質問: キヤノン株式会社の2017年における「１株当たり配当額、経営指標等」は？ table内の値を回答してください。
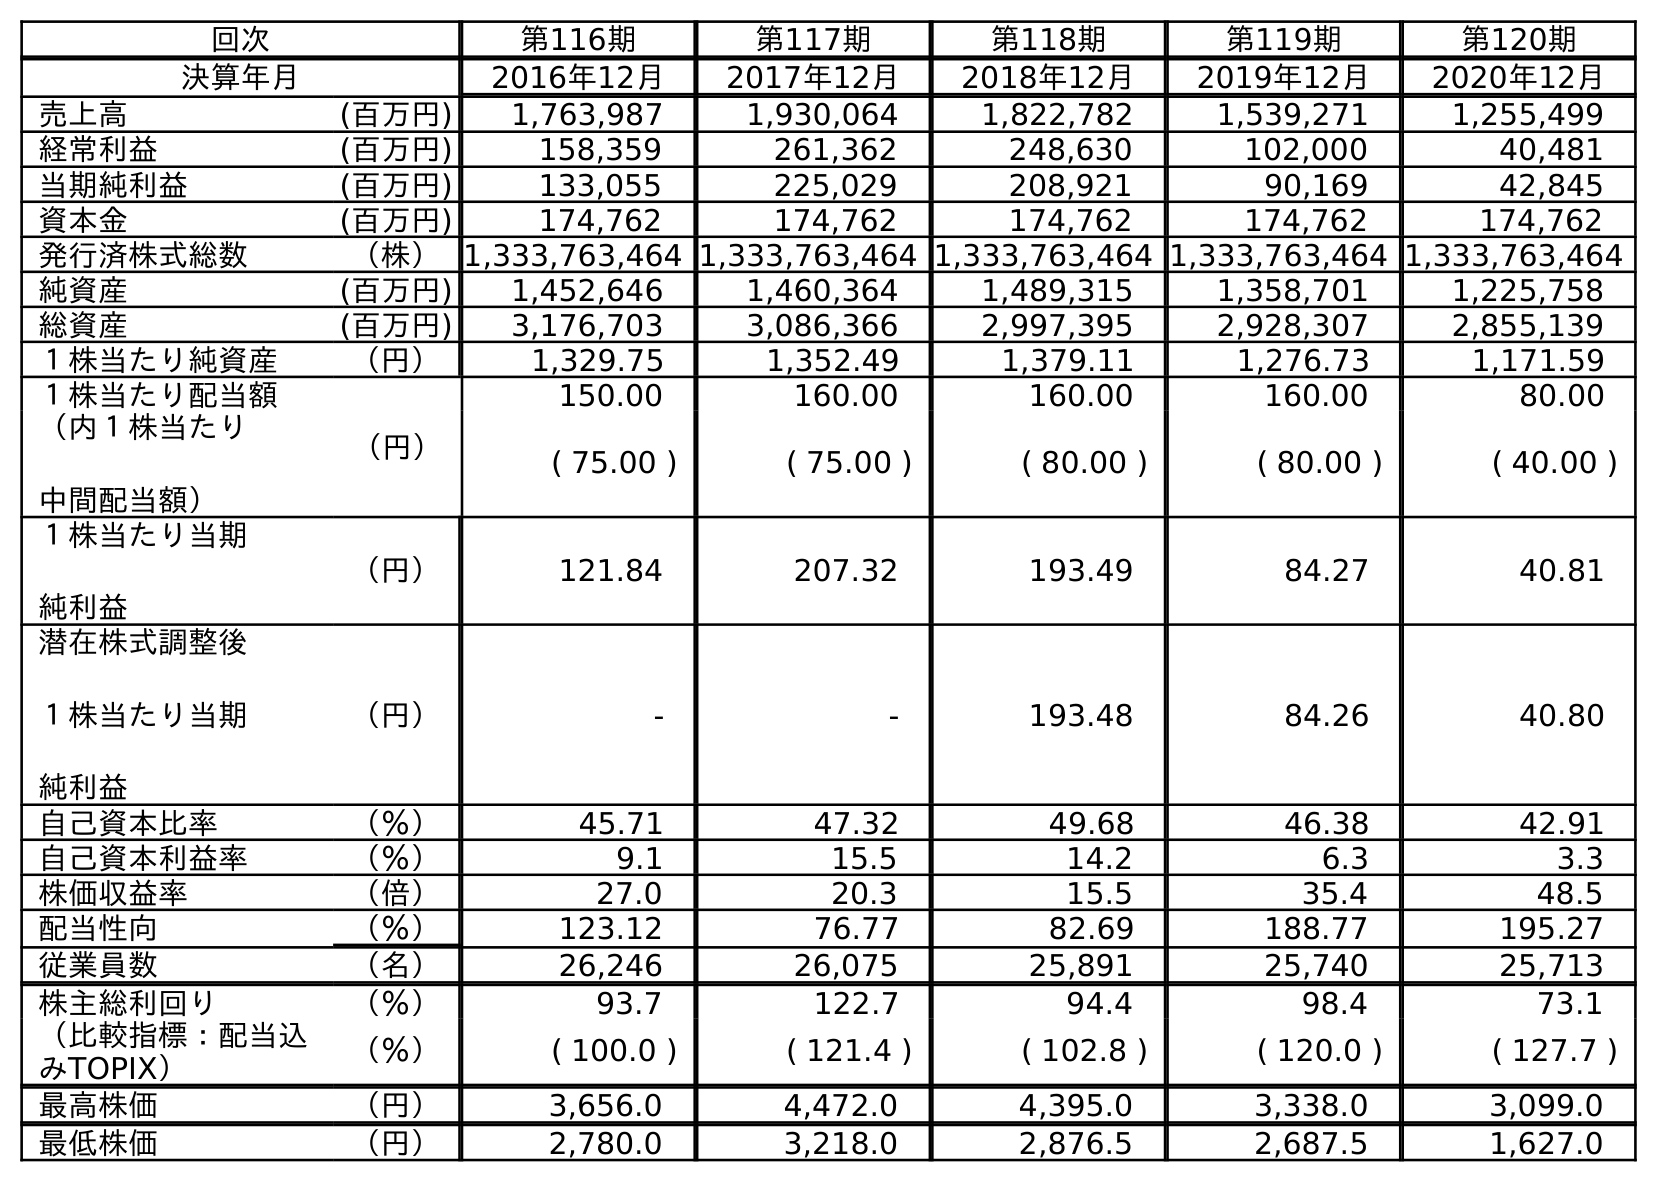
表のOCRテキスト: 回次 第116期 第117期 第118期 第119期 第120期 決算年月 2016年12月 2017年12月 2018年12月 2019年12月 2020年12月 売上高 (百万円) 1,763,987 1,930,064 1,822,782 1,539,271 1,255,499 経常利益 (百万円) 158,359 261,362 248,630 102,000 40,481 当期純利益 (百万円) 133,055 225,029 208,921 90,169 42,845 資本金 (百万円) 174,762 174,762 174,762 174,762 174,762 発行済株式総数 （株）1,333,763,464 1,333,763,464 1,333,763,464 1,333,763,464 1,333,763,464 純資産 (百万円) 1,452,646 1,460,364 1,489,315 1,358,701 1,225,758 総資産 (百万円) 3,176,703 3,086,366 2,997,395 2,928,307 2,855,139 １株当たり純資産 （円） 1,329.75 1,352.49 1,379.11 1,276.73 1,171.59 １株当たり配当額 （円） 150.00 160.00 160.00 160.00 80.00 （内１株当たり 中間配当額） ( 75.00 ) ( 75.00 ) ( 80.00 ) ( 80.00 ) ( 40.00 ) １株当たり当期 純利益 （円） 121.84 207.32 193.49 84.27 40.81 潜在株式調整後 １株当たり当期 純利益 （円） - - 193.48 84.26 40.80 自己資本比率 （％） 45.71 47.32 49.68 46.38 42.91 自己資本利益率 （％） 9.1 15.5 14.2 6.3 3.3 株価収益率 （倍） 27.0 20.3 15.5 35.4 48.5 配当性向 （％） 123.12 76.77 82.69 188.77 195.27 従業員数 （名） 26,246 26,075 25,891 25,740 25,713 株主総利回り （％） 93.7 122.7 94.4 98.4 73.1 （比較指標：配当込 みTOPIX） （％） ( 100.0 ) ( 121.4 ) ( 102.8 ) ( 120.0 ) ( 127.7 ) 最高株価 （円） 3,656.0 4,472.0 4,395.0 3,338.0 3,099.0 最低株価 （円） 2,780.0 3,218.0 2,876.5 2,687.5 1,627.0
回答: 160.00